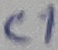
Text: C1